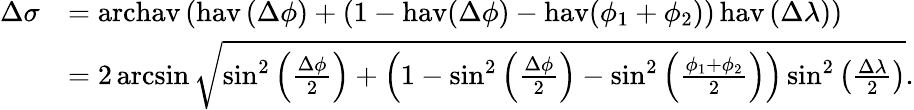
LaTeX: {\begin{array}{rl}{\Delta\sigma}&{=\operatorname{archav}\left(\operatorname{hav}\left(\Delta\phi\right)+\left(1-\operatorname{hav}(\Delta\phi)-\operatorname{hav}(\phi_{1}+\phi_{2})\right)\operatorname{hav}\left(\Delta\lambda\right)\right)}\\ &{=2\arcsin{\sqrt{\sin^{2}\left({\frac{\Delta\phi}{2}}\right)+\left(1-\sin^{2}\left({\frac{\Delta\phi}{2}}\right)-\sin^{2}\left({\frac{\phi_{1}+\phi_{2}}{2}}\right)\right)\sin^{2}\left({\frac{\Delta\lambda}{2}}\right)}}.}\end{array}}